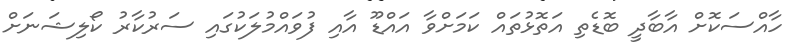
ހާއްސަކޮށް އާބާދީ ބޮޑެތި އަތޮޅުތައް ކަމަށްވާ އައްޑޫ އާއި ފުވައްމުލަކުގައި ސަރުކާރު ކޯލިޝަނަށް